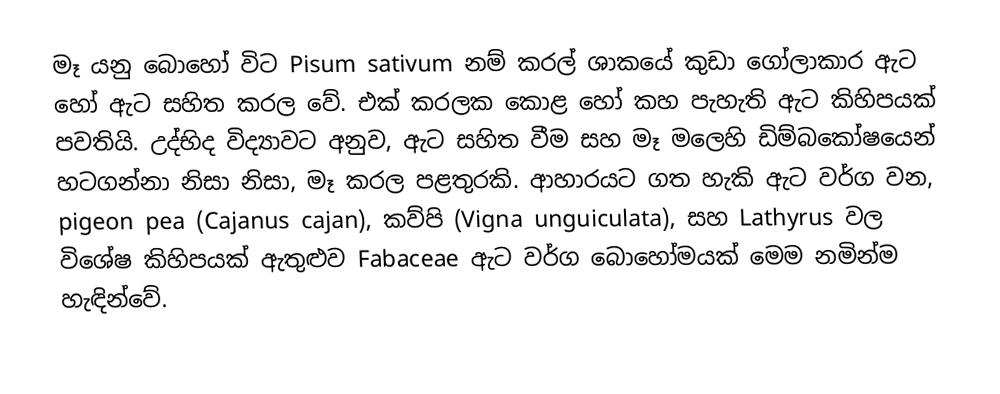
මෑ යනු බොහෝ විට Pisum sativum නම් කරල් ශාකයේ කුඩා ගෝලාකාර ඇට හෝ ඇට සහිත කරල වේ. එක් කරලක කොළ හෝ කහ පැහැති ඇට කිහිපයක් පවතියි. උද්භිද විද්‍යාවට අනුව, ඇට සහිත වීම සහ මෑ මලෙහි ඩිම්බකෝෂයෙන් හටගන්නා නිසා නිසා, මෑ කරල පළතුරකි. ආහාරයට ගත හැකි ඇට වර්ග වන, pigeon pea (Cajanus cajan), කව්පි (Vigna unguiculata), සහ Lathyrus වල විශේෂ කිහිපයක් ඇතුළුව Fabaceae ඇට වර්ග බොහෝමයක් මෙම නමින්ම හැඳින්වේ.